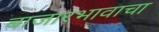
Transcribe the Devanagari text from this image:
बाजारभावाचा